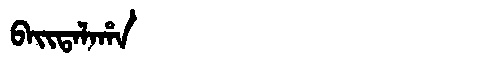
Manchu: ᠪᠠᡳᡨᠠᠯᠠᡥᠠ
Romanization: BAITALAHA